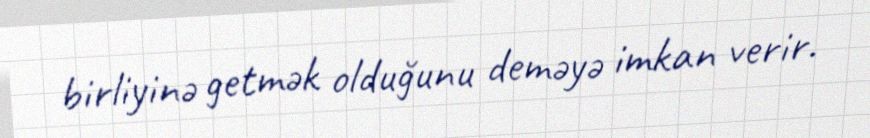
birliyinə getmək olduğunu deməyə imkan verir.